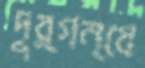
দুর্গন্ধে